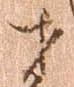
才